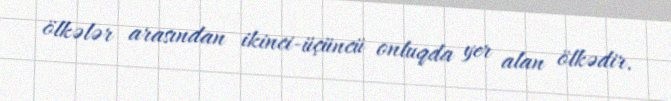
ölkələr arasından ikinci-üçüncü onluqda yer alan ölkədir.